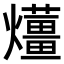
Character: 𤒬